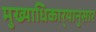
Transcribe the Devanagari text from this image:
मुख्याधिकार्‍यानुसार